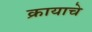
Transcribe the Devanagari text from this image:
क्रायाचे